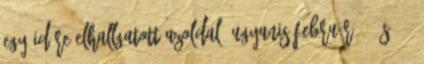
egy időre elhallgatott azoldal, ugyanis február 7. és 29.